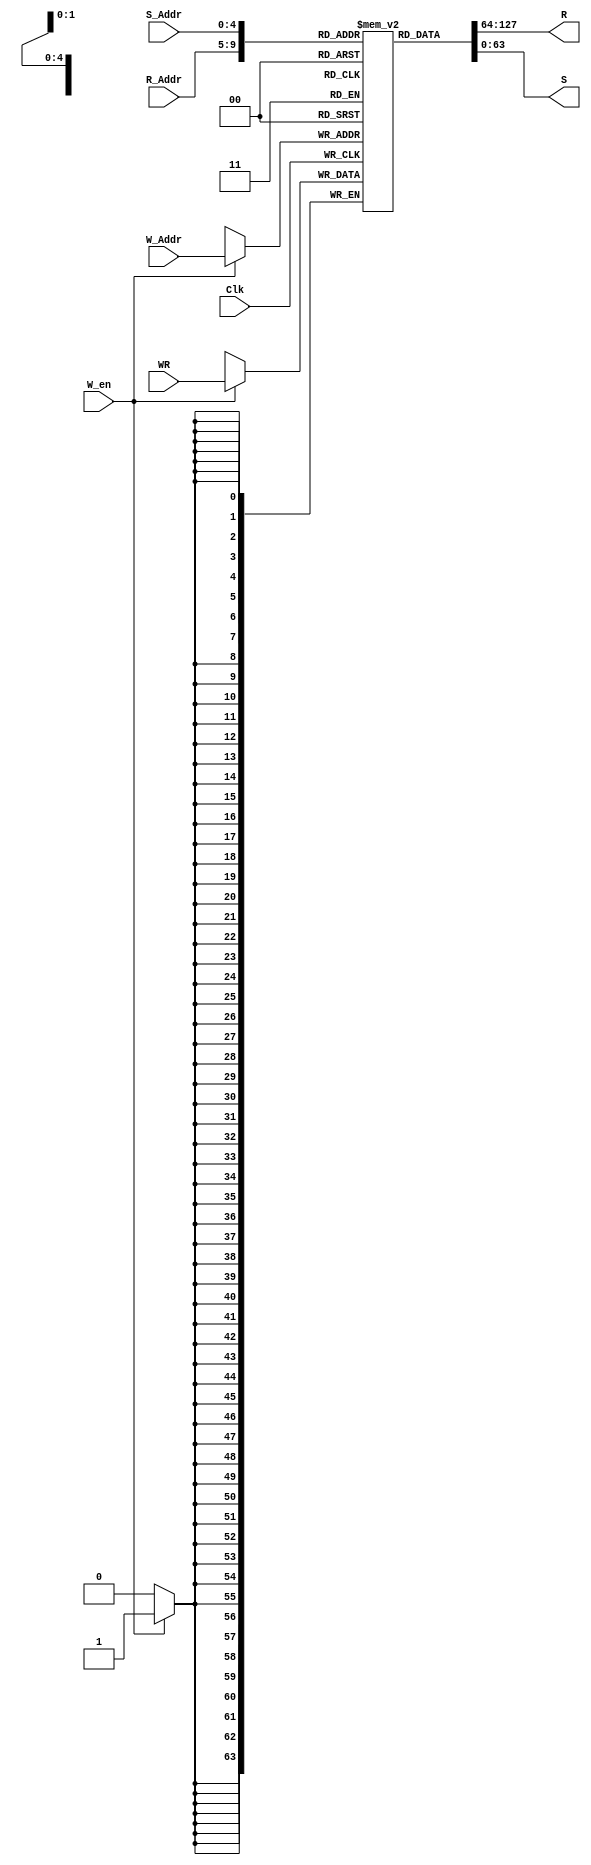
`timescale 1ns / 1ps
/********************************************************************************
 *
 * Class:       CECS 440
 * Project:     Lab 2
 * Due Date:    Sept 17, 2014
 * Description: A 32x64 Register file. This register has 3 address inputs: W_Addr
                R_Addr, and S_Addr used for loading and storing data into their 
                respective 64bit register outputs WR, R, and S. W_en input must
                be high in order to write to the register file.
*********************************************************************************/
module regfile64(Clk, W_en, W_Addr, WR, R_Addr, S_Addr, R, S);
   input Clk, W_en; 
   input [4:0] W_Addr, R_Addr, S_Addr; 
   input [63:0] WR; 

   output reg [63:0] R, S; 
   reg [63:0] regFile[31:0]; 
   
   //************************************************************
   //Write to regFile
   //************************************************************
   always @(posedge Clk ) begin
      if(W_en)
         regFile[W_Addr] <= WR;       
   end

   //************************************************************
   //Write to R output referencing R_Addr
   //************************************************************
   always @( R_Addr, regFile[R_Addr]) begin
      R <= regFile[R_Addr]; 
      
   end
   //************************************************************
   //Write to S output referencing S_Addr 
   //************************************************************
   always @( S_Addr, regFile[S_Addr]) begin
      S <= regFile[S_Addr]; 
      
   end

endmodule